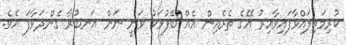
ކުރިމަތިލައްވާފައިވާއިރު އޭގެ ތެރެއިން އެއް ބޭފުޅަކު ވަނީ ނަން އަނބުރާ ގެންދަވާފަ އެވެ.